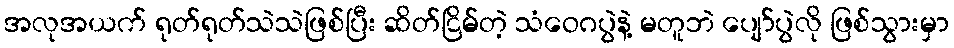
အလုအယက် ရုတ်ရုတ်သဲသဲဖြစ်ပြီး ဆိတ်ငြိမ်တဲ့ သံဝေဂပွဲနဲ့ မတူဘဲ ပျော်ပွဲလို ဖြစ်သွားမှာ